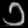
Digit: ၁